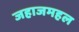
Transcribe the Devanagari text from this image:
जहाजमहल